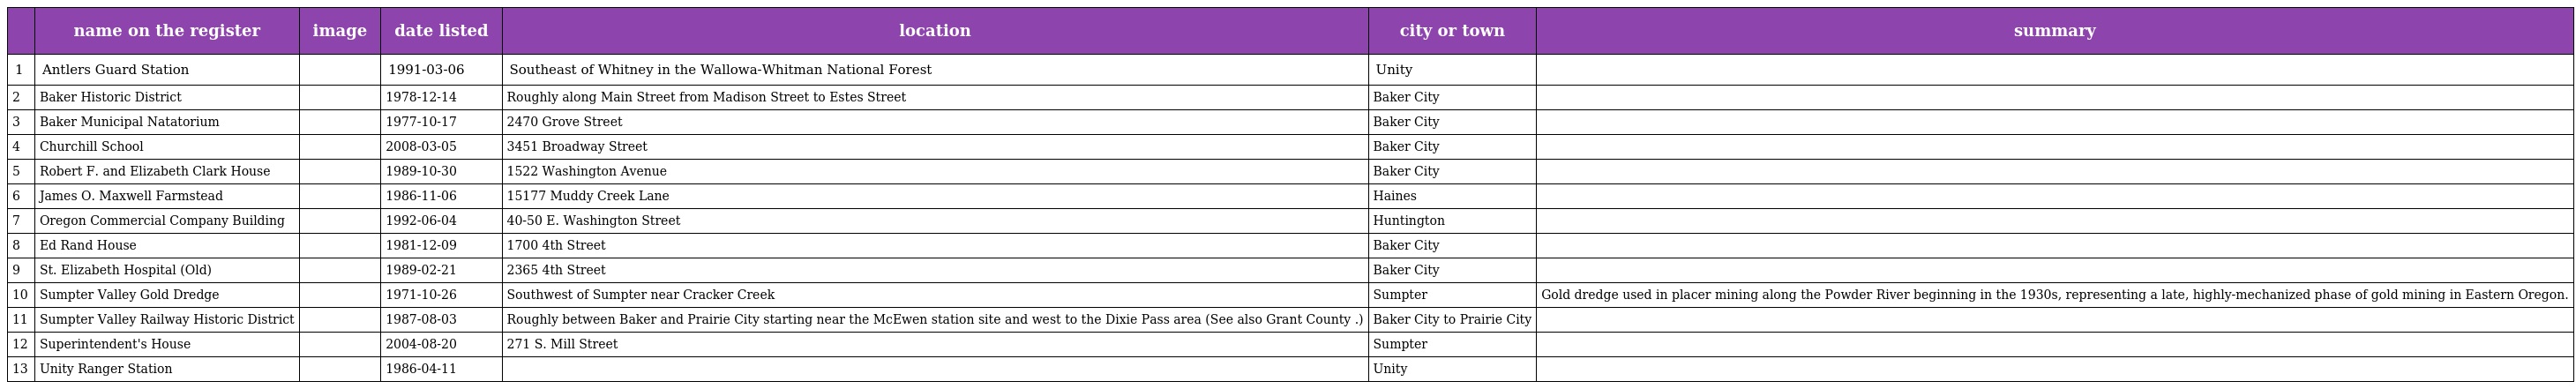
|  | name on the register | image | date listed | location | city or town | summary |
 | --- | --- | --- | --- | --- | --- | --- |
 | 1 | Antlers Guard Station |  | 1991-03-06 | Southeast of Whitney in the Wallowa-Whitman National Forest | Unity |  |
 | 2 | Baker Historic District |  | 1978-12-14 | Roughly along Main Street from Madison Street to Estes Street | Baker City |  |
 | 3 | Baker Municipal Natatorium |  | 1977-10-17 | 2470 Grove Street | Baker City |  |
 | 4 | Churchill School |  | 2008-03-05 | 3451 Broadway Street | Baker City |  |
 | 5 | Robert F. and Elizabeth Clark House |  | 1989-10-30 | 1522 Washington Avenue | Baker City |  |
 | 6 | James O. Maxwell Farmstead |  | 1986-11-06 | 15177 Muddy Creek Lane | Haines |  |
 | 7 | Oregon Commercial Company Building |  | 1992-06-04 | 40-50 E. Washington Street | Huntington |  |
 | 8 | Ed Rand House |  | 1981-12-09 | 1700 4th Street | Baker City |  |
 | 9 | St. Elizabeth Hospital (Old) |  | 1989-02-21 | 2365 4th Street | Baker City |  |
 | 10 | Sumpter Valley Gold Dredge |  | 1971-10-26 | Southwest of Sumpter near Cracker Creek | Sumpter | Gold dredge used in placer mining along the Powder River beginning in the 1930s, representing a late, highly-mechanized phase of gold mining in Eastern Oregon. |
 | 11 | Sumpter Valley Railway Historic District |  | 1987-08-03 | Roughly between Baker and Prairie City starting near the McEwen station site and west to the Dixie Pass area (See also Grant County .) | Baker City to Prairie City |  |
 | 12 | Superintendent's House |  | 2004-08-20 | 271 S. Mill Street | Sumpter |  |
 | 13 | Unity Ranger Station |  | 1986-04-11 |  | Unity |  |